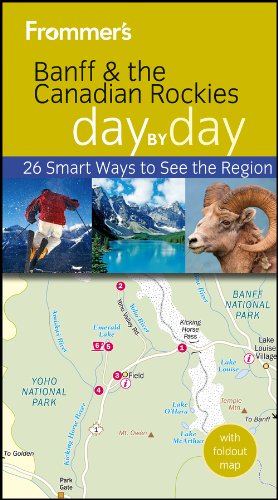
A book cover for Frommer's Banff and the Canadian Rockies Day by Day (Frommer's Day by Day - Pocket); Christie Pashby; Travel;